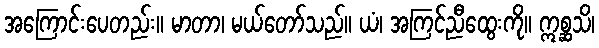
အကြောင်းပေတည်း။ မာတာ၊ မယ်တော်သည်။ ယံ၊ အကြင်ညီထွေးကို။ ဣစ္ဆသိ၊